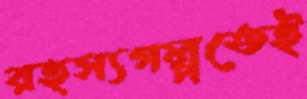
রহস্যগল্পতেই